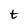
Character: t